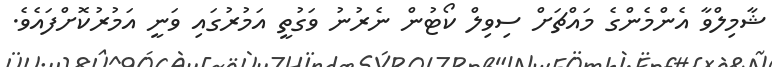
ޝާމިލްވާ އެންމެންގެ މައްޗަށް ސިވިލް ކޯޓުން ނެރުނު ވަގުތީ އަމުރުގައި ވަނީ އަމުރުކޮށްފައެވެ.